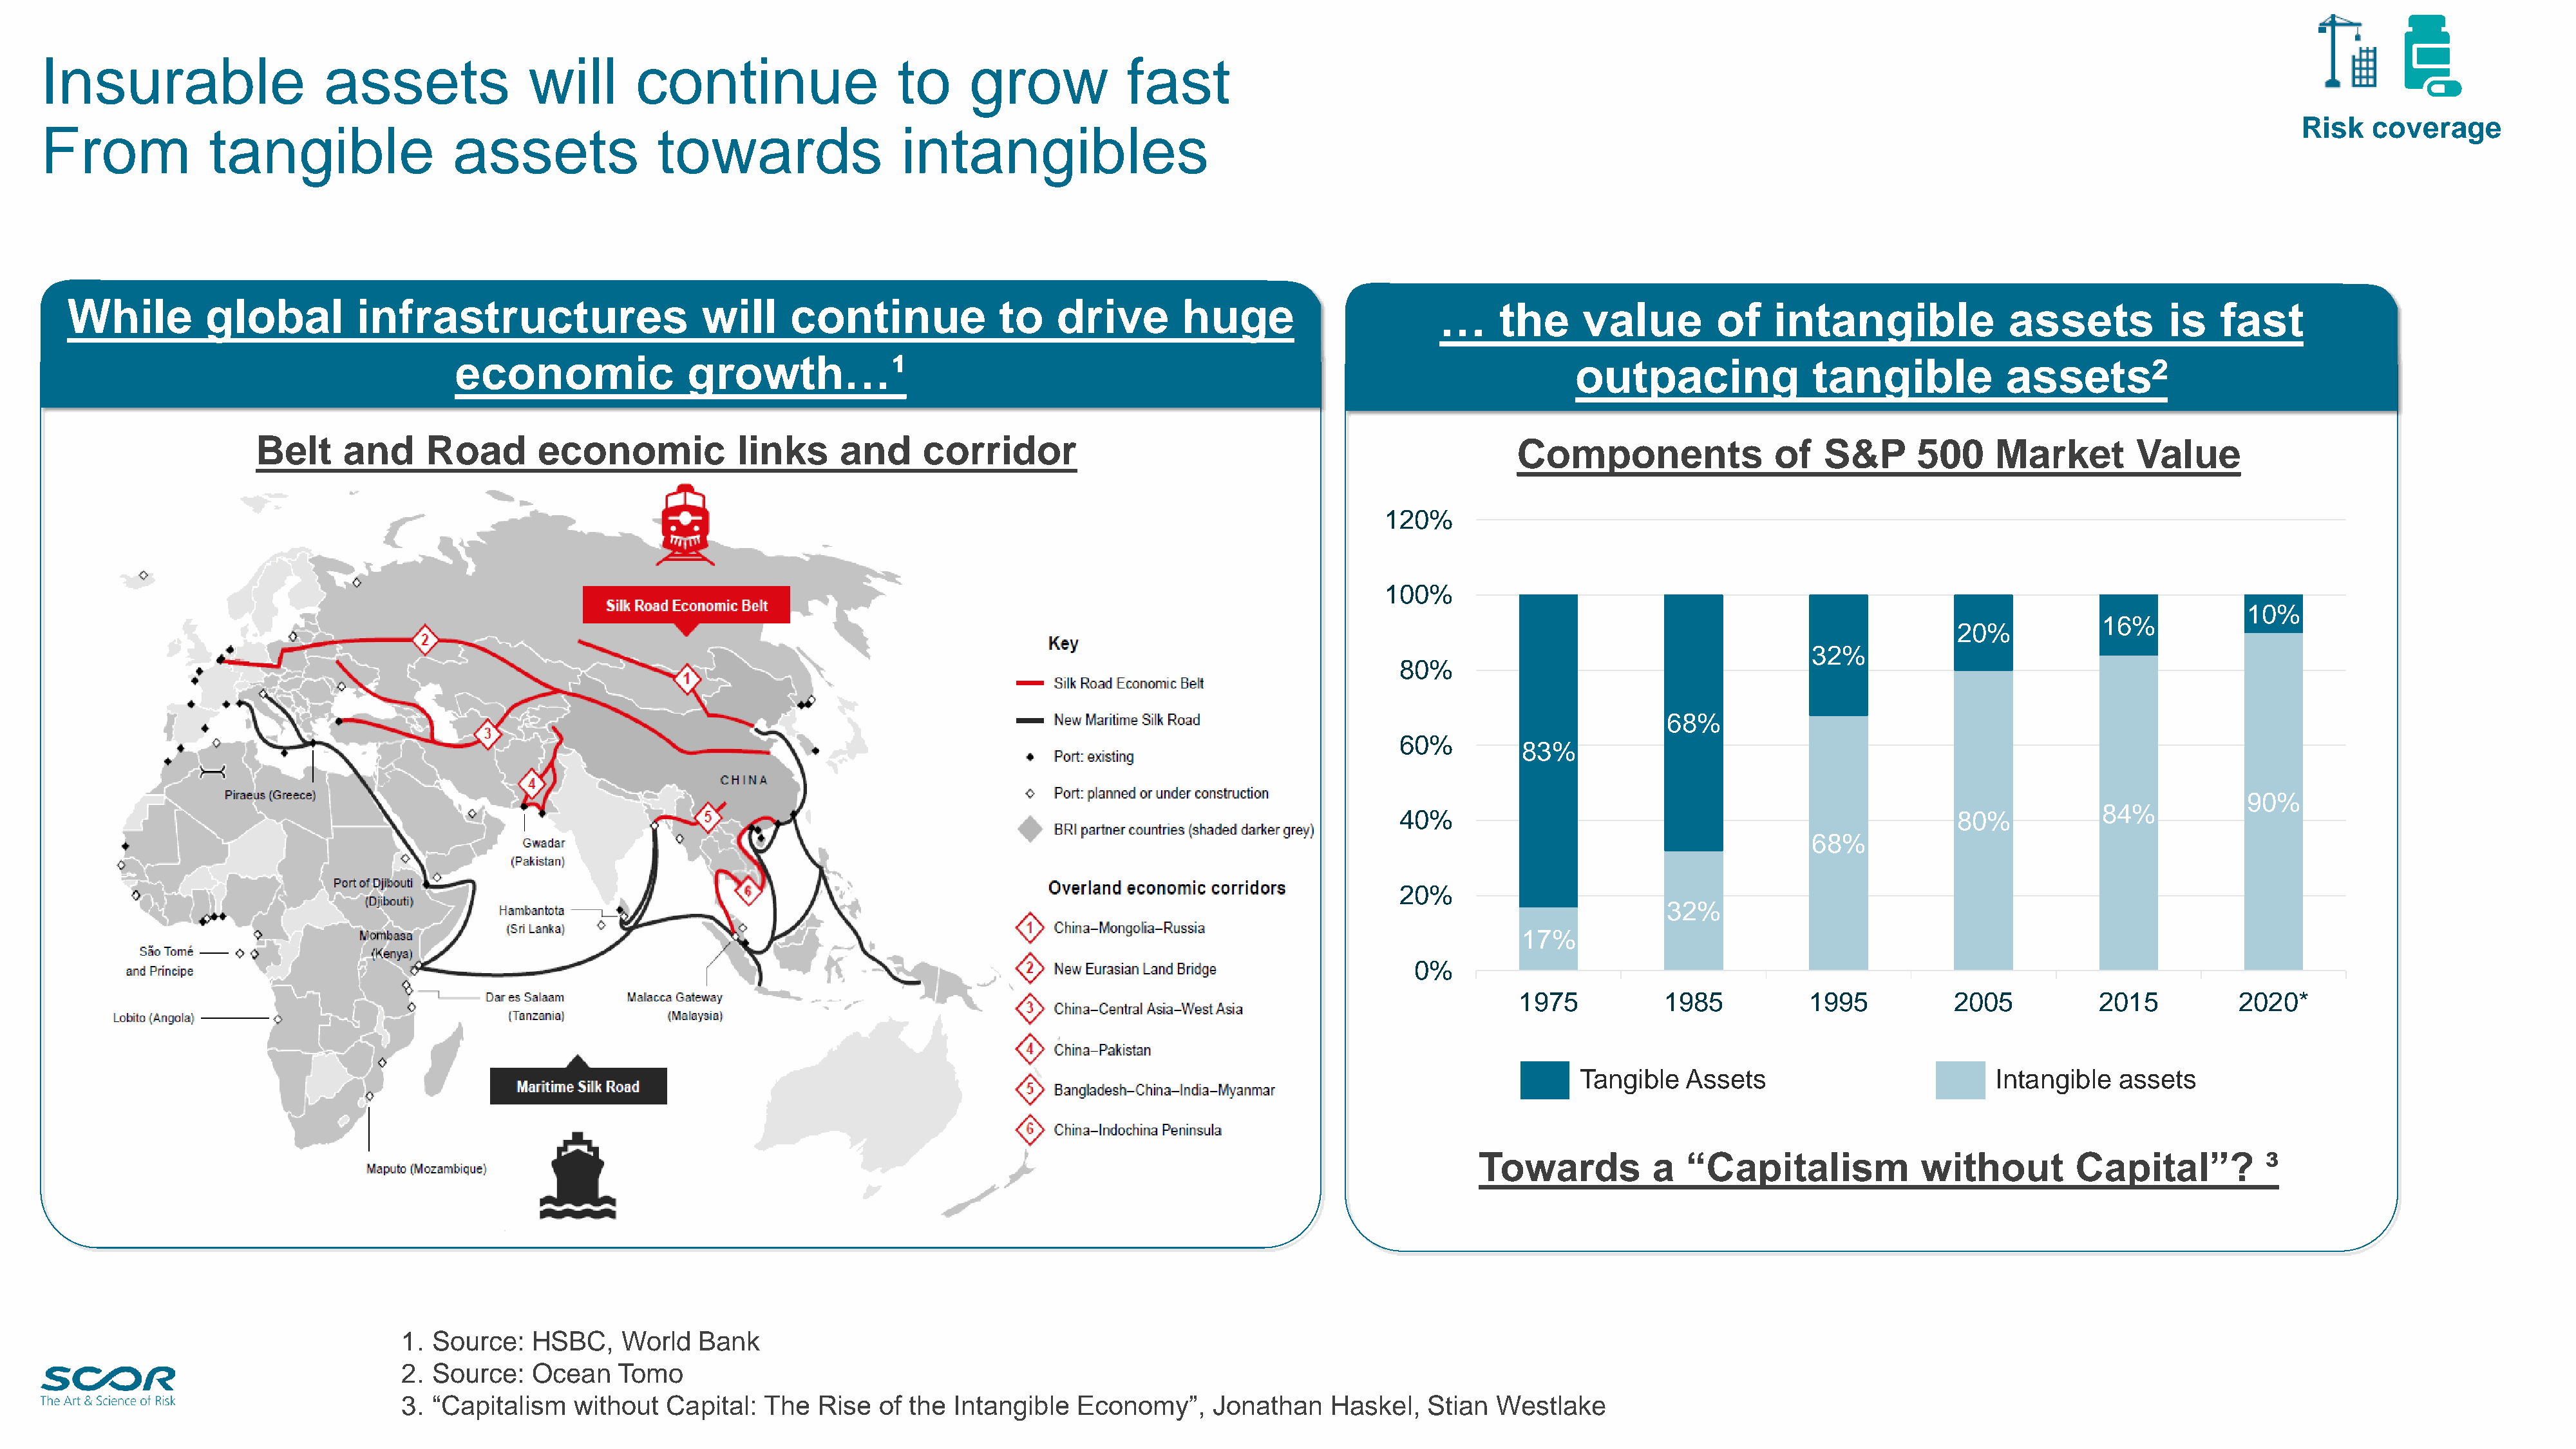
Insurable                    assets               will       continue                   to      grow            fast
 Risk   coverage
 From             tangible                  assets               towards                  intangibles
 While         global          infrastructures                    will     continue              to    drive       huge                       …     the      value        of    intangible              assets           is   fast
 economic                growth…¹                                                                                   outpacing               tangible            assets²
 Belt     and      Road       economic             links     and      corridor                                                     Components                of   S&P       500     Market         Value
 120%
 100%
 10%
 16%
 20%
 32%
 80%
 68%
 60%
 83%
 90%
 84%
 40%                                                      80%
 68%
 20%
 32%
 17%
 0%
 1975           1985           1995           2005           2015          2020*
 Tangible   Assets                          Intangible   assets
 Towards           a  “Capitalism             without         Capital”?           ³
 1. Source:    HSBC,    World   Bank
 2. Source:    Ocean   Tomo                                                                                                                                                                                         23
 3. “Capitalism    without  Capital:   The  Rise  of the  Intangible   Economy”,     Jonathan    Haskel,   Stian  Westlake